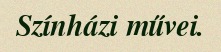
Színházi művei.